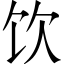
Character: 饮